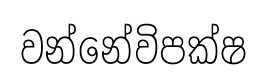
වන්නේවිපක්ෂ